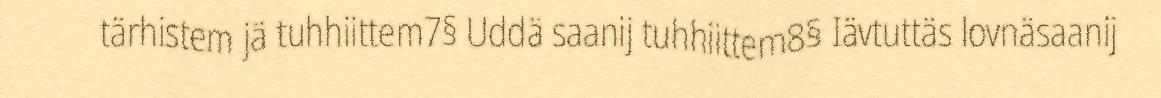
tärhistem jä tuhhiittem7§ Uddä saanij tuhhiittem8§ Iävtuttäs lovnäsaanij